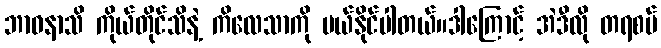
ဘာဝနာသိ ကိုယ်တိုင်သိနဲ့ ကိလေသာကို ပယ်နိုင်ပါတယ်။ဒါကြောင့် အဲဒီလို တရစပ်